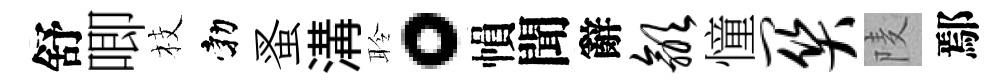
舒唧枝勃蚤溝聆。𢄙聞辭歙憧关𨹧鄢